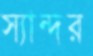
স্যান্দর